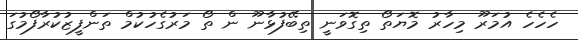
ހެހެހެ އުމަރޫ މިހާރު މޮޔަތޯ ތިގޮވަނީ ތިބޭފުޅާނޫ ން ތޯ މަރުގެހުކުމް ތަންފީޒުކުރާފޯމުގަ